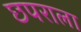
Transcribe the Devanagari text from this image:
छपराला